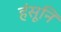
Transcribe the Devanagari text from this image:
हंसूनि